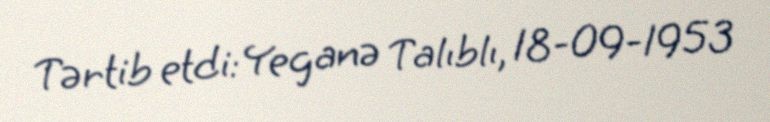
Tərtib etdi: Yeganə Talıblı, 18-09-1953